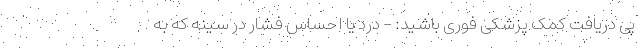
پی دریافت کمک پزشکی فوری باشید: - درد یا احساس فشار در سینه که به